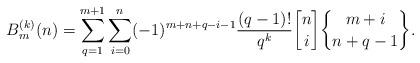
LaTeX: \begin{align*}B_{m}^{(k)}(n) = \sum_{q=1}^{m+1}\sum_{i=0}^{n}(-1)^{m+n+q-i-1}\frac{(q-1)!}{q^{k}}{n \brack i}{m+i \brace n+q-1}. \end{align*}